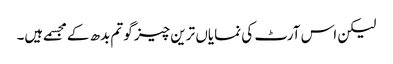
لیکن اس آرٹ کی نمایاں ترین چیز گوتم بدھ کے مجسمے ہیں۔